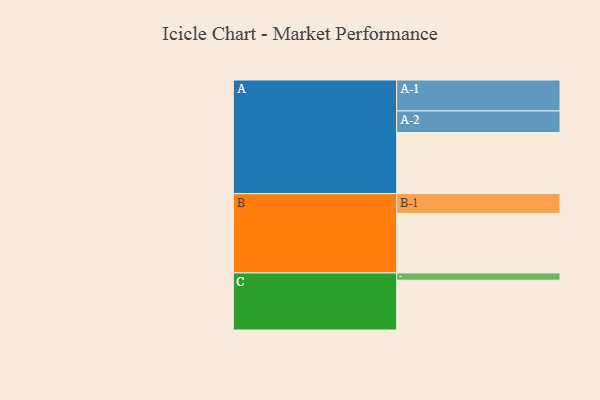
{"axis": {"x": "Segment", "y": "Value"}, "legend": ["", "A", "B", "C"], "data": [{"x": "A", "y": 541, "type": ""}, {"x": "B", "y": 527, "type": ""}, {"x": "C", "y": 441, "type": ""}, {"x": "A-1", "y": 274, "type": "A"}, {"x": "A-2", "y": 191, "type": "A"}, {"x": "B-1", "y": 175, "type": "B"}, {"x": "C-1", "y": 64, "type": "C"}]}